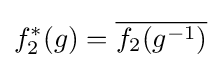
f_{2}^{*}(g)={\overline {f_{2}(g^{-1})}}